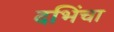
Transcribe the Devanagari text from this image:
दभिंचा